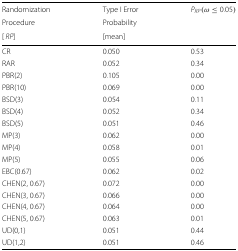
<table><thead><tr><td><b>Randomization</b></td><td><b>Type I Error</b></td><td><b><i>P</i><sub><i>RP</i></sub>(<i>ω</i>≤0.05)</b></td></tr><tr><td><b>Procedure</b></td><td><b>Probability</b></td><td></td></tr><tr><td><b>[<i>R</i><i>P</i>]</b></td><td><b>[mean]</b></td><td></td></tr></thead><tbody><tr><td>CR</td><td>0.050</td><td>0.53</td></tr><tr><td>RAR</td><td>0.052</td><td>0.34</td></tr><tr><td>PBR(2)</td><td>0.105</td><td>0.00</td></tr><tr><td>PBR(10)</td><td>0.069</td><td>0.00</td></tr><tr><td>BSD(3)</td><td>0.054</td><td>0.11</td></tr><tr><td>BSD(4)</td><td>0.052</td><td>0.34</td></tr><tr><td>BSD(5)</td><td>0.051</td><td>0.46</td></tr><tr><td>MP(3)</td><td>0.062</td><td>0.00</td></tr><tr><td>MP(4)</td><td>0.058</td><td>0.01</td></tr><tr><td>MP(5)</td><td>0.055</td><td>0.06</td></tr><tr><td>EBC(0.67)</td><td>0.062</td><td>0.02</td></tr><tr><td>CHEN(2, 0.67)</td><td>0.072</td><td>0.00</td></tr><tr><td>CHEN(3, 0.67)</td><td>0.066</td><td>0.00</td></tr><tr><td>CHEN(4, 0.67)</td><td>0.064</td><td>0.00</td></tr><tr><td>CHEN(5, 0.67)</td><td>0.063</td><td>0.01</td></tr><tr><td>UD(0,1)</td><td>0.051</td><td>0.44</td></tr><tr><td>UD(1,2)</td><td>0.051</td><td>0.46</td></tr></tbody></table>